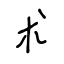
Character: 朮